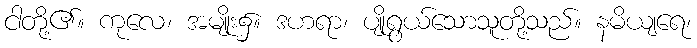
ငါတို့၏။ ကုလေ၊ အမျိုး၌။ ဒဟရာ၊ ပျိုရွယ်သောသူတို့သည်။ နမိယျရေ၊